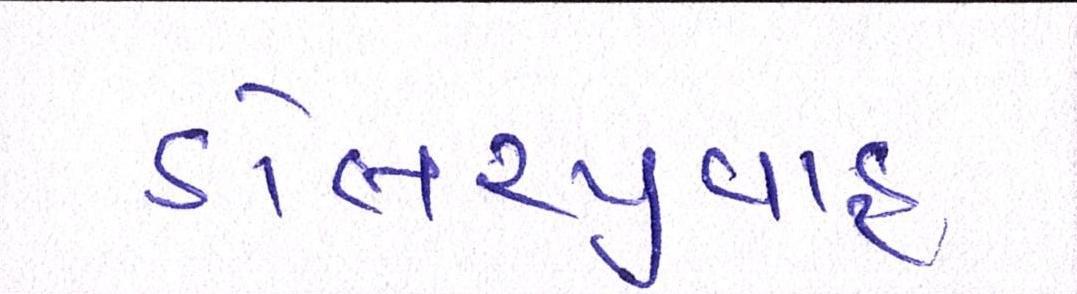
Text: ડોલરપ્રવાહ